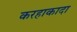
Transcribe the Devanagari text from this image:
करहाकादा